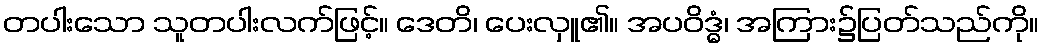
တပါးသော သူတပါးလက်ဖြင့်။ ဒေတိ၊ ပေးလှူ၏။ အပဝိဒ္ဓံ၊ အကြား၌ပြတ်သည်ကို။